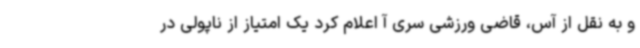
و به نقل از آس، قاضی ورزشی سری آ اعلام کرد یک امتیاز از ناپولی در